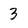
Character: 3